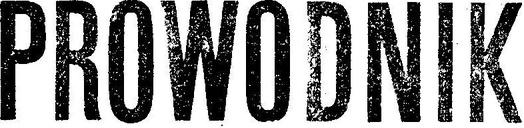
PROWODNIK